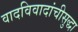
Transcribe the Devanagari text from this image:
वादविवादांचीसुद्धा